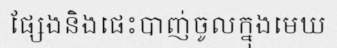
ផ្សែងនិងផេះបាញ់ចូលក្នុងមេឃ